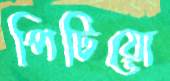
পিটিয়ো